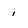
Character: 1